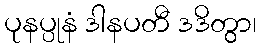
ပုနပ္ပုနံ ဒါနပတီ ဒဒိတွာ၊